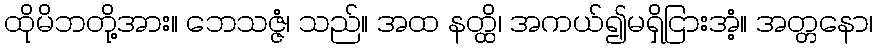
ထိုမိဘတို့အား။ ဘေသဇ္ဇံ၊ သည်။ အထ နတ္ထိ၊ အကယ်၍မရှိငြားအံ့။ အတ္တနော၊